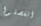
انفصلوا